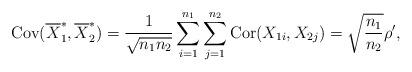
LaTeX: \begin{align*} \operatorname{Cov}( \overline{X}_1^*, \overline{X}_2^* ) & = \frac{1}{\sqrt{n_1n_2}} \sum_{i=1}^{n_1} \sum_{j=1}^{n_2} \operatorname{Cor}( X_{1i}, X_{2j} ) = \sqrt{ \frac{n_1}{n_2} } \rho',\end{align*}